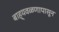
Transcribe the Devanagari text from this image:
बाह्यवळणापासून